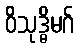
ဝိသုဒ္ဓိမဂ်